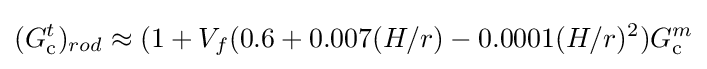
(G_{\rm {c}}^{t})_{rod}\approx (1+V_{f}(0.6+0.007(H/r)-0.0001(H/r)^{2})G_{\rm {c}}^{m}